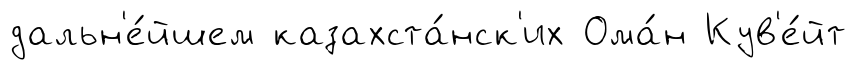
дальн'е́йшем казахста́нск'их Ома́н Кув'е́йт